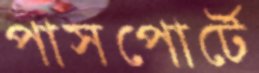
পাসপোর্টে